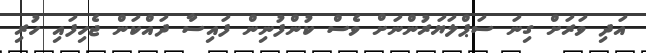
އަދި ވަރަށް ގިނަ ސަޕްލަޔަރުންނަށް ވެސް ކުންފުނިން ފައިސާ ދައްކަން ޖެހިފައި ހުރި